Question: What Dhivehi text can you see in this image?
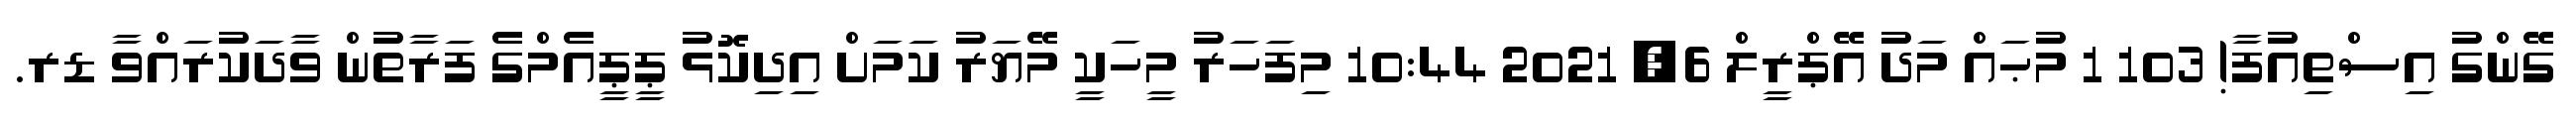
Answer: ގޭންގު އިސްތިއުފާ! 103 1 މުޙައް މަދު އޭޕްރީލް 6, 2021 10:44 މިފަހަރު މީހަކީ މޭޔަރު ކަމަށް އިދިކޮޅު ޕީޕީއެމްގެ ފަރާތުން ވާދަކުރައްވާ ޑރ.